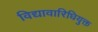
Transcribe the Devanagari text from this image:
विद्यावारिधियुक्त